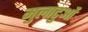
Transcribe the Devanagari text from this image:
मुलाटुओं